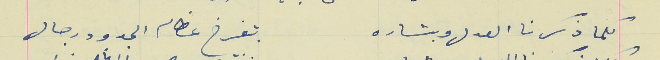
كلما ذكرنا العدل وبشاره                                بتفرخ عظام الجدود رجال